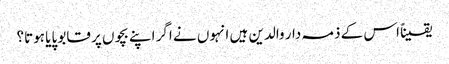
یقیناً اس کے ذمہ دار والدین ہیں انہوں نے اگر اپنے بچوں پر قابو پایا ہوتا؟